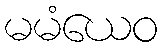
မမံယေဝ